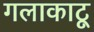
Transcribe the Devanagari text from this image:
गलाकाटू